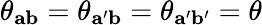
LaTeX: \theta_{\mathbf{ab}}=\theta_{\mathbf{a^{\prime}b}}=\theta_{\mathbf{a^{\prime}b^{\prime}}}=\theta